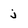
Character: j